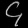
Digit: ၄